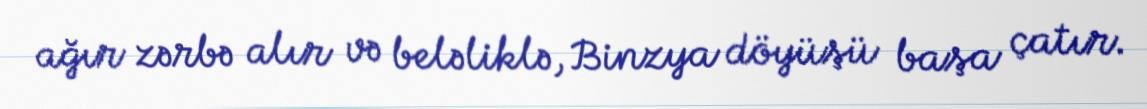
ağır zərbə alır və beləliklə, Binzya döyüşü başa çatır.